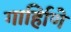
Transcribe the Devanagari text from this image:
गार्हािणे